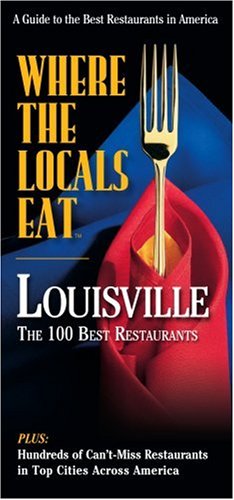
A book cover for Where The Locals Eat: Louisville; Elizabeth Ramsey; Travel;